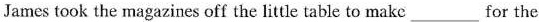
James took the magazines off the little table to make___for the